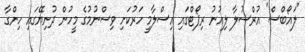
"ލައޯބްސް" އުރްސުލާ ލިއުނު ރިޕޯޓްގައި އިސްލާމީ ހަރުކަށި ވިސްނުމުގެ މީހުން ދުނިޔޭގައި ހިންގާ